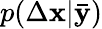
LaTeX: p(\Delta\mathbf{x}|\mathbf{\bar{y}})